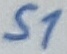
Text: S1